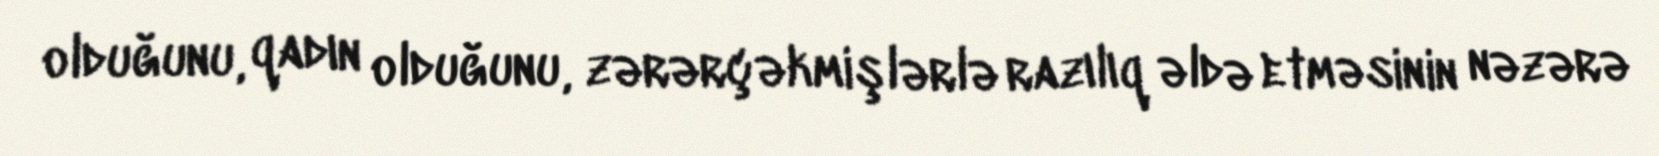
olduğunu, qadın olduğunu, zərərçəkmişlərlə razılıq əldə etməsinin nəzərə